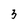
Character: 3